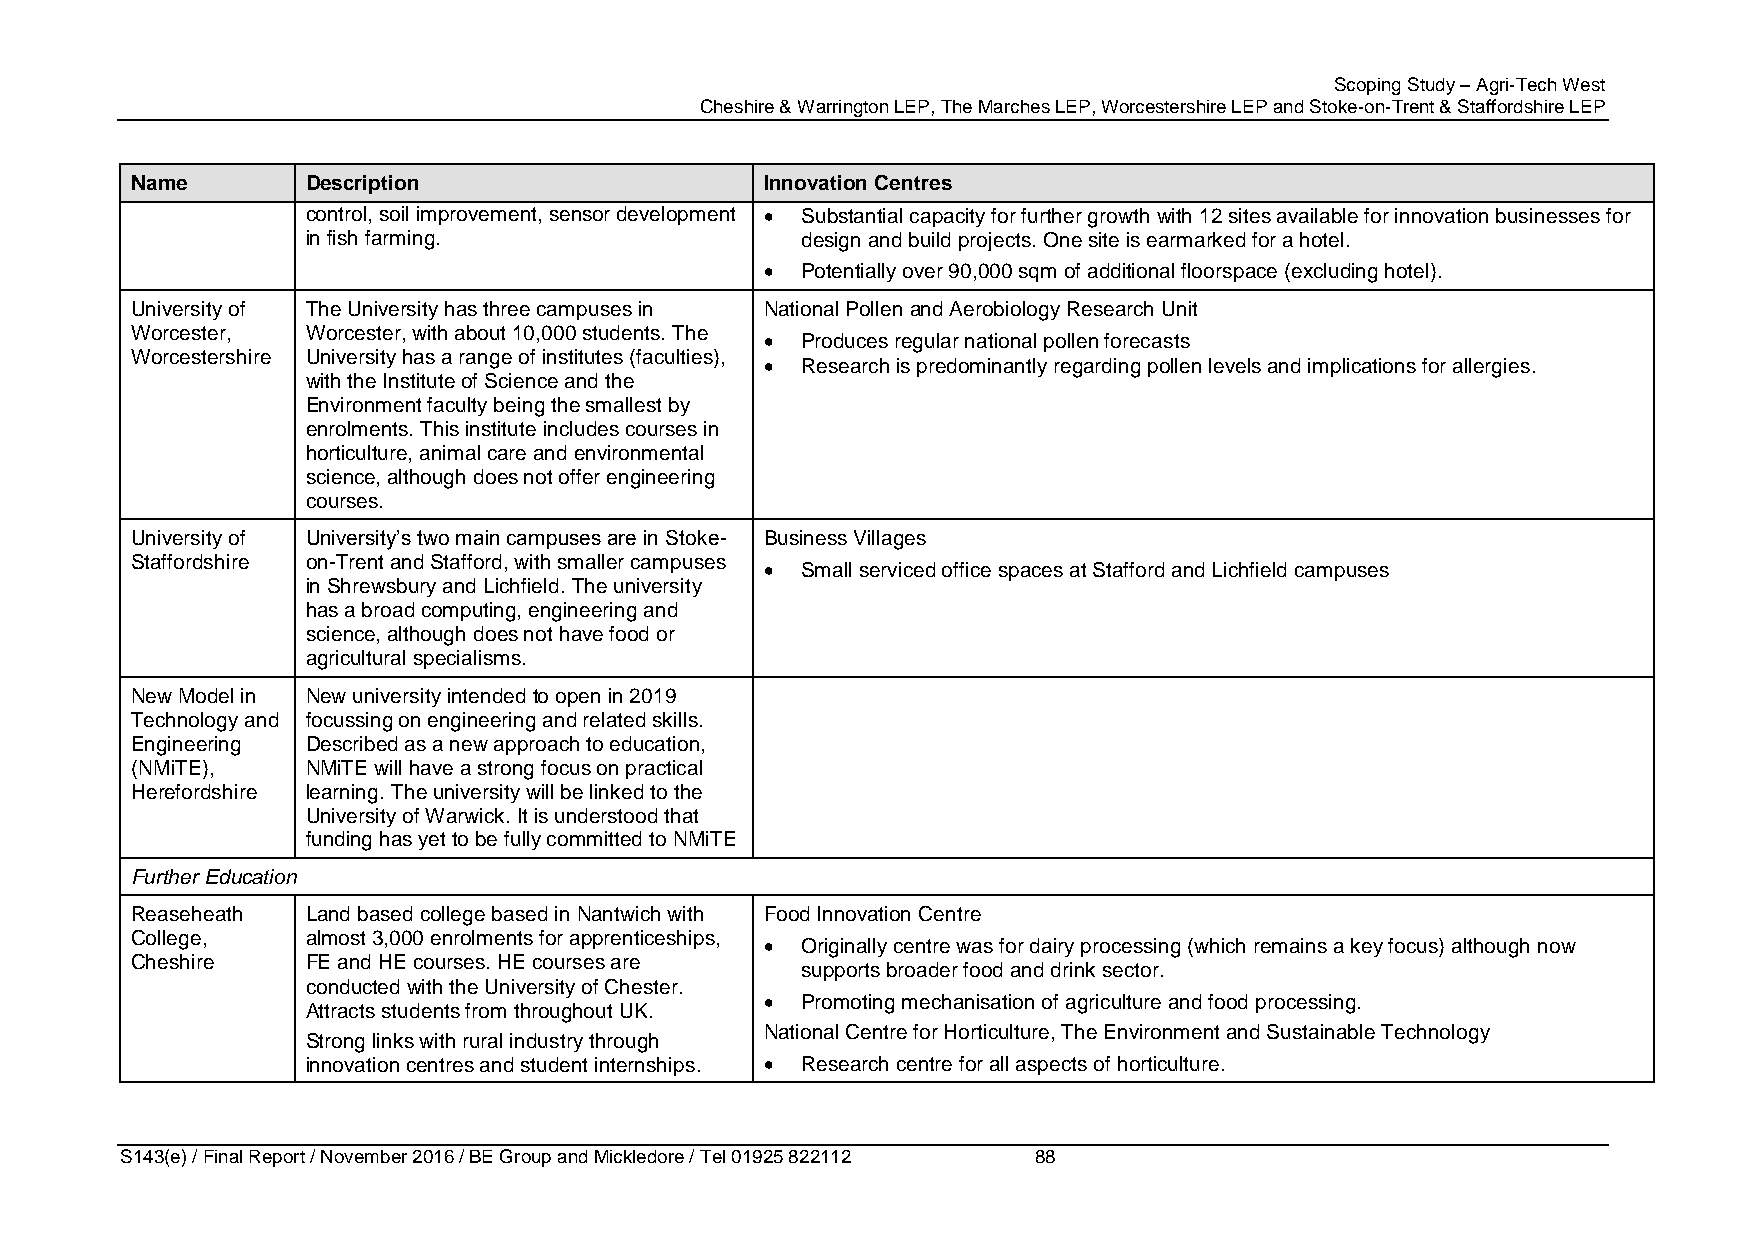
Scoping Study – Agri-Tech West
 Cheshire & Warrington LEP, The Marches LEP, Worcestershire LEP and Stoke-on-Trent & Staffordshire LEP
 Name       Description                    Innovation Centres
 control, soil improvement, sensor development  Substantial capacity for further growth with 12 sites available for innovation businesses for
 in fish farming.                 design and build projects. One site is earmarked for a hotel.
  Potentially over 90,000 sqm of additional floorspace (excluding hotel).
 University of The University has three campuses in National Pollen and Aerobiology Research Unit
 Worcester, Worcester, with about 10,000 students. The
  Produces regular national pollen forecasts
 Worcestershire University has a range of institutes (faculties),
  Research is predominantly regarding pollen levels and implications for allergies.
 with the Institute of Science and the
 Environment faculty being the smallest by
 enrolments. This institute includes courses in
 horticulture, animal care and environmental
 science, although does not offer engineering
 courses.
 University of University’s two main campuses are in Stoke- Business Villages
 Staffordshire on-Trent and Stafford, with smaller campuses
  Small serviced office spaces at Stafford and Lichfield campuses
 in Shrewsbury and Lichfield. The university
 has a broad computing, engineering and
 science, although does not have food or
 agricultural specialisms.
 New Model in New university intended to open in 2019
 Technology and focussing on engineering and related skills.
 Engineering Described as a new approach to education,
 (NMiTE),   NMiTE will have a strong focus on practical
 Herefordshire learning. The university will be linked to the
 University of Warwick. It is understood that
 funding has yet to be fully committed to NMiTE
 Further Education
 Reaseheath Land based college based in Nantwich with Food Innovation Centre
 College,   almost 3,000 enrolments for apprenticeships,
  Originally centre was for dairy processing (which remains a key focus) although now
 Cheshire   FE and HE courses. HE courses are
 supports broader food and drink sector.
 conducted with the University of Chester.
  Promoting mechanisation of agriculture and food processing.
 Attracts students from throughout UK.
 National Centre for Horticulture, The Environment and Sustainable Technology
 Strong links with rural industry through
 innovation centres and student internships.  Research centre for all aspects of horticulture.
 S143(e) / Final Report / November 2016 / BE Group and Mickledore / Tel 01925 822112 88